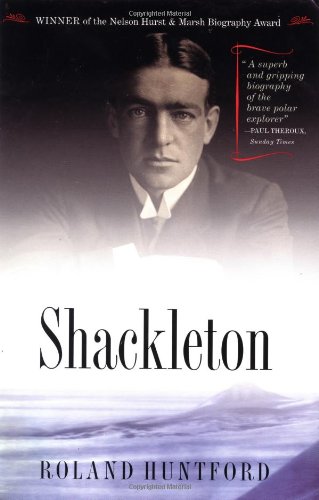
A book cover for Shackleton; Roland Huntford; History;